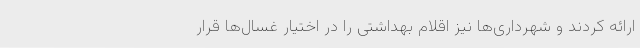
ارائه کردند و شهرداری‌ها نیز اقلام بهداشتی را در اختیار غسال‌ها قرار